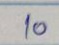
10